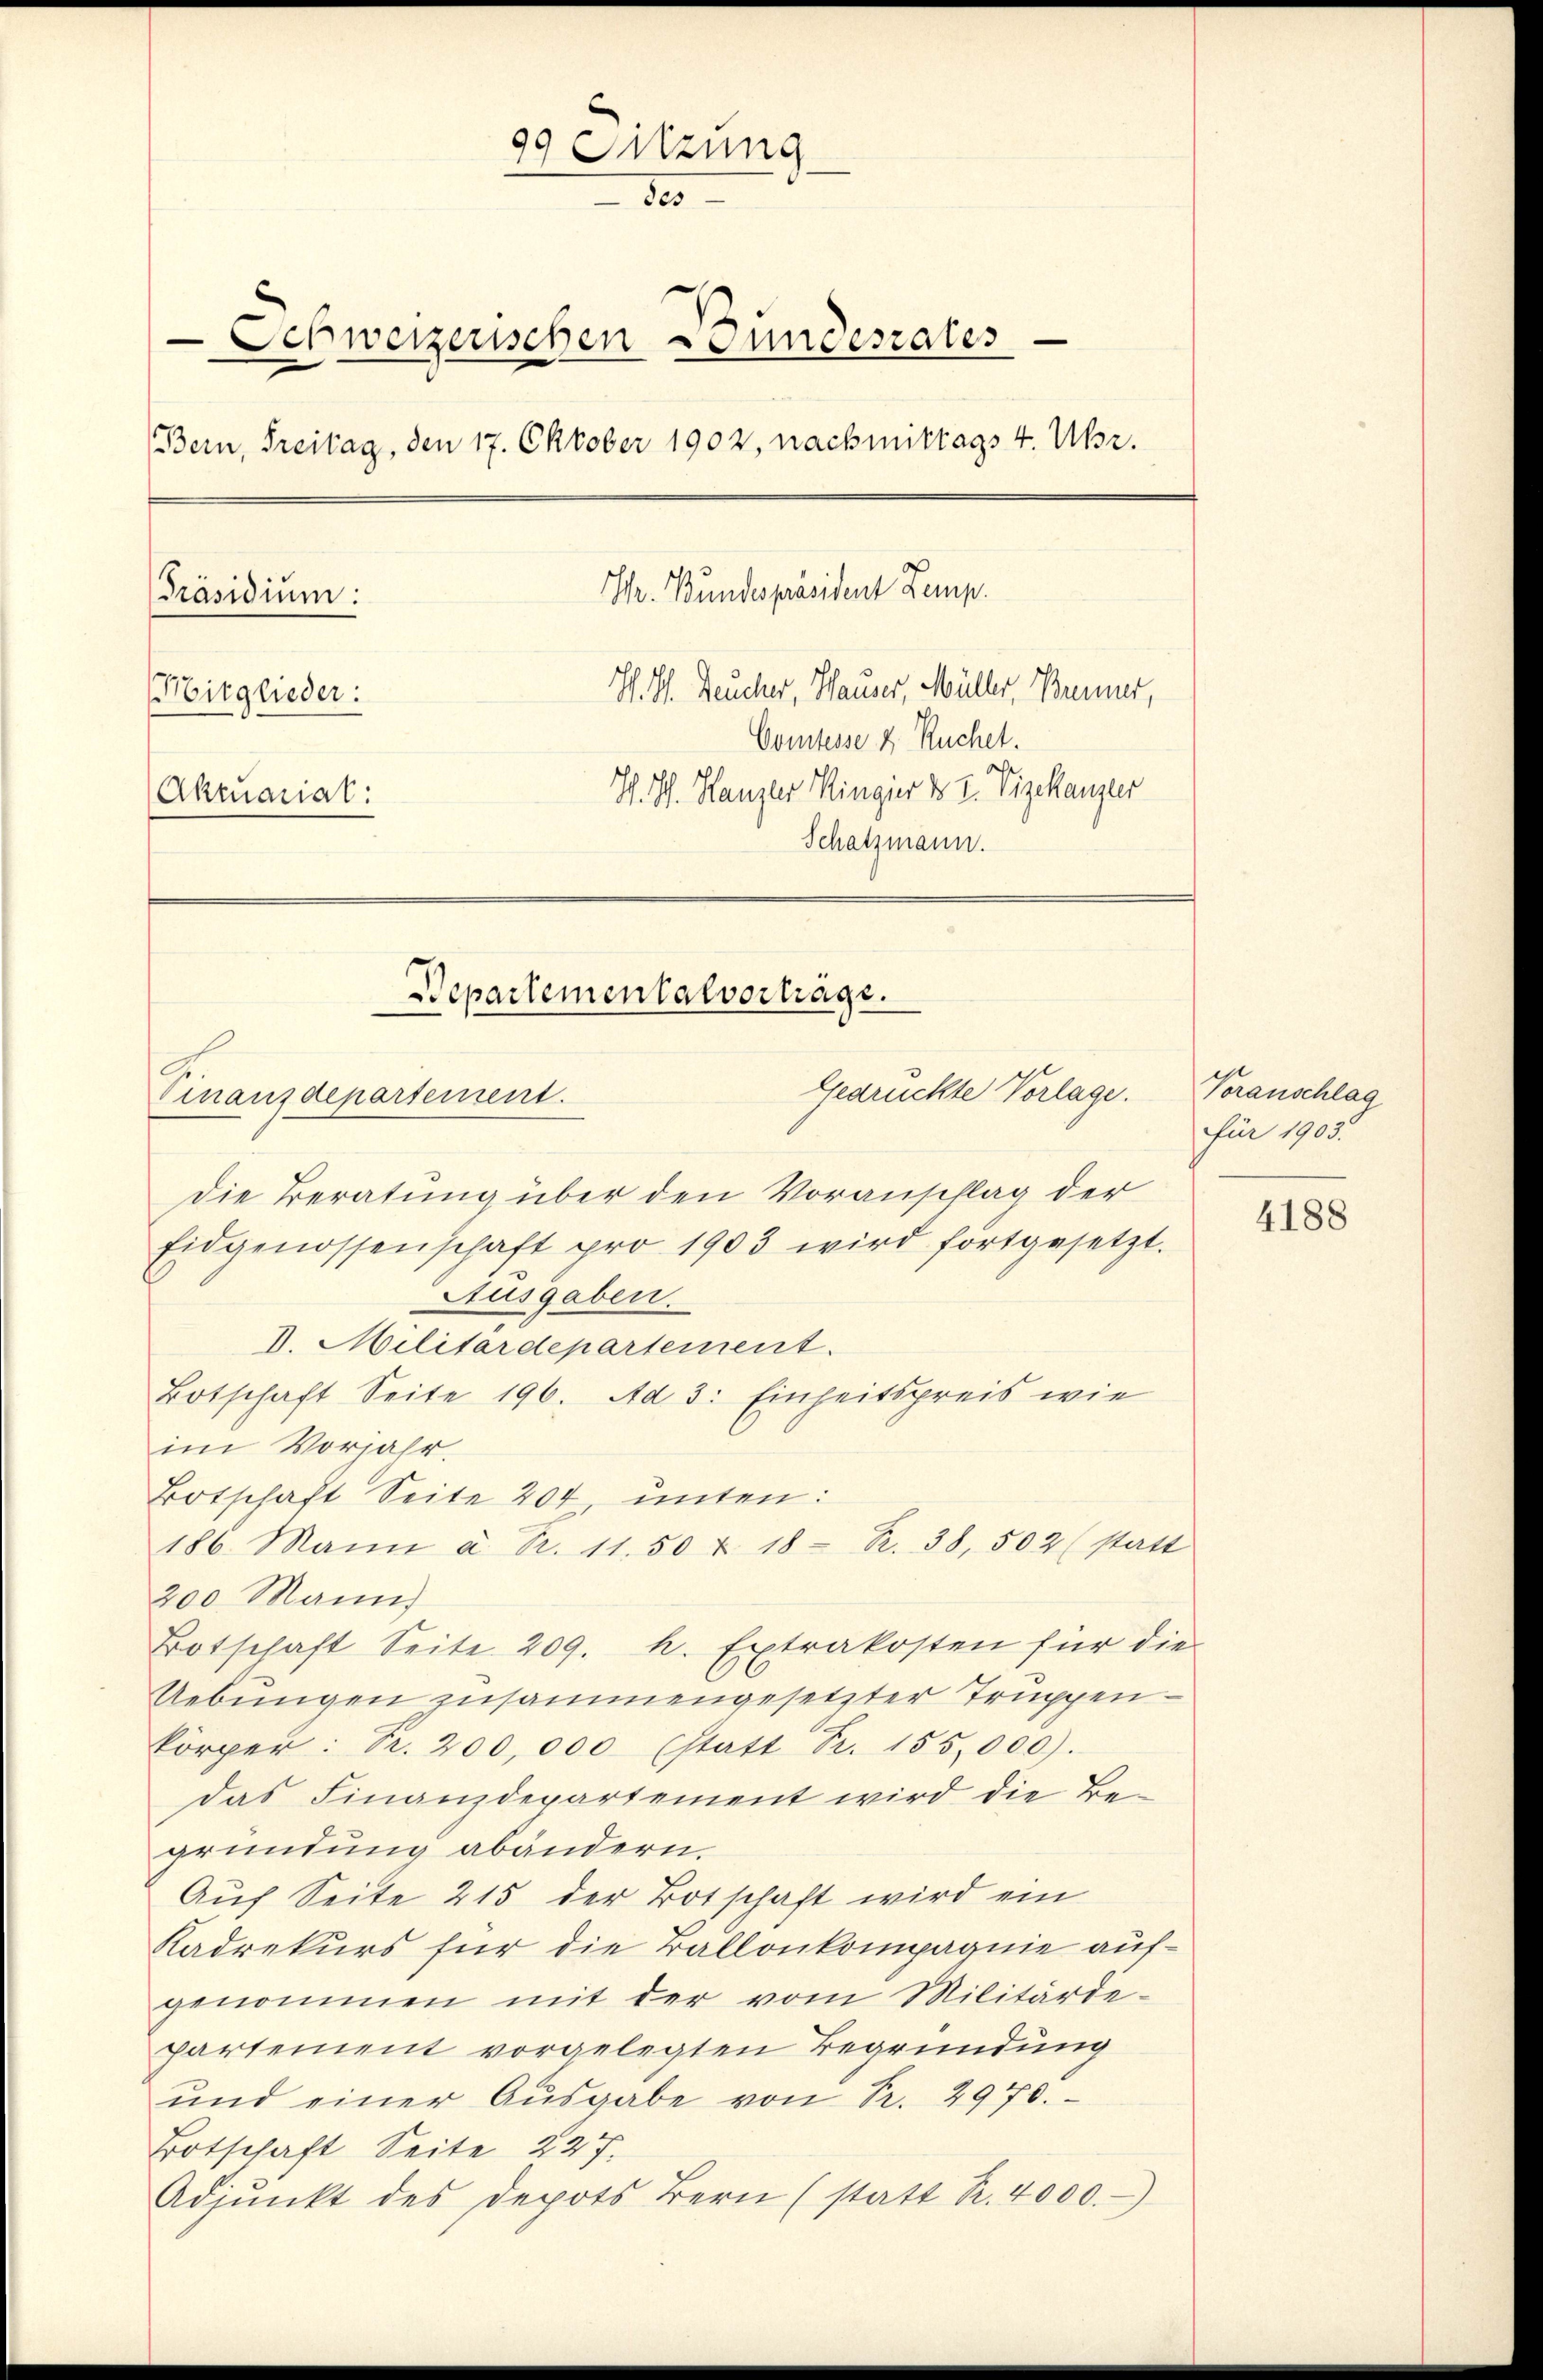
99 Sitzung
30
Schweizerischen Bundesrates
Bern, Freitag, den 17. Oktober 1902, nachmittags 4. Uhr.
Shr. Bundespräsident Zemp.
Präsidium:
H. Ph. Deucher, Hauser, Müller, Brenner,
Mitglieder:
Comtesse & Ruchet.
S. S. Kanzler Kingier & 2. Vizekanzler
Aktuariat:
Schatzmann.
Departementalvortrage.
Gedrückte Vorlage.
Finanzdepartement.

Die Beratung über den Voranschlag der
Eidgenossenschaft pro 1903 wird fortgesetzt.
Ausgaben.
V. Militärdepartement.
Botschaft Seite 196. Ad 3: Einheitspreis wie
im Vorjahr.
Botschaft Seite 204, unten:
186. Mann à Fr. 11.50 r. 18- R. 38, 502 (statt
200 Mann)
Botschaft Seite 209. h. Extrakosten für die
Uebungen zusammengesetzter Truppen-
körper: R. 200,000 (statt Fr. 155,000).
das Finanzdepartement wird die Begründung abändern.
Auf Seite 215 der Botschaft wird ein
Kadrekurs für die Ballonkompagnie aufgenommen mit der vom Militärde-
partement vorgelegten Begründung
ŭnd einer Aŭsgabe von Fr. 2970.
Botschaft Seite 227.
Adjŭnkt des Depots Bern (statt Fr. 4000.

Voranschlag
für 1903.

4188